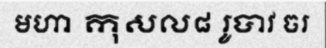
មហា កុសល៨ រូបាវ ចរ